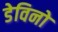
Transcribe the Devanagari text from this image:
डेविनो